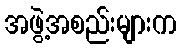
အဖွဲ့အစည်းများက